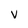
Character: v